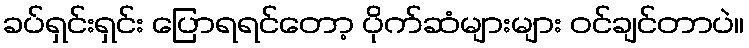
ခပ်ရှင်းရှင်း ပြောရရင်တော့ ပိုက်ဆံများများ ဝင်ချင်တာပဲ။